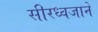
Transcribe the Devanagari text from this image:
सीरध्वजाने